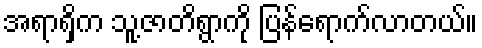
အရာရှိက သူ့ဇာတိရွာကို ပြန်ရောက်လာတယ်။